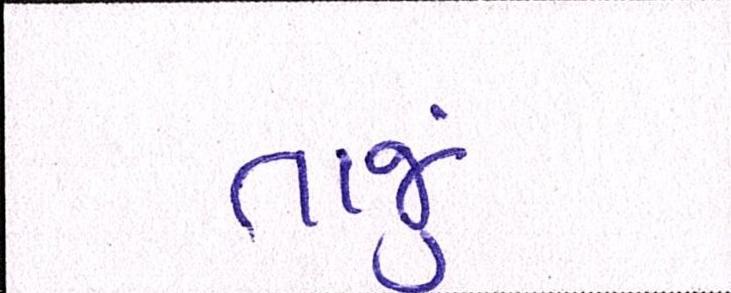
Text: તાજું